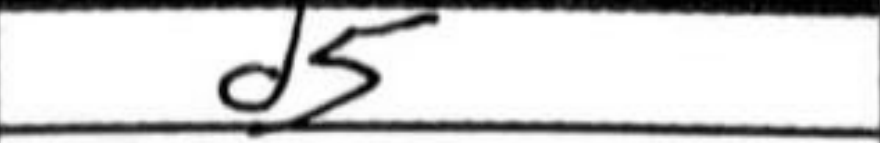
Transcription: d5